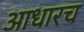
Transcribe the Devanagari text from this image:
आधारच